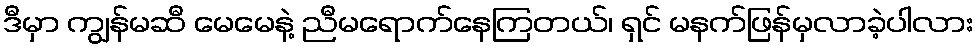
ဒီမှာ ကျွန်မဆီ မေမေနဲ့ ညီမရောက်နေကြတယ်၊ ရှင် မနက်ဖြန်မှလာခဲ့ပါလား